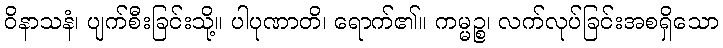
ဝိနာသနံ၊ ပျက်စီးခြင်းသို့။ ပါပုဏာတိ၊ ရောက်၏။ ကမ္မဉ္စ၊ လက်လုပ်ခြင်းအစရှိသော